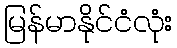
မြန်မာနိုင်ငံလုံး